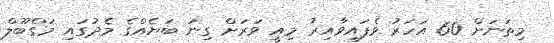
މިތަނަށް 60 އަހަރު ވެފައިވާއިރު މިއީ ވަރަށް ގިނަ ބަޔެއްގެ މެދުގައި މަގްބޫލް